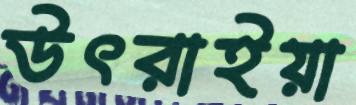
উৎরাইয়া